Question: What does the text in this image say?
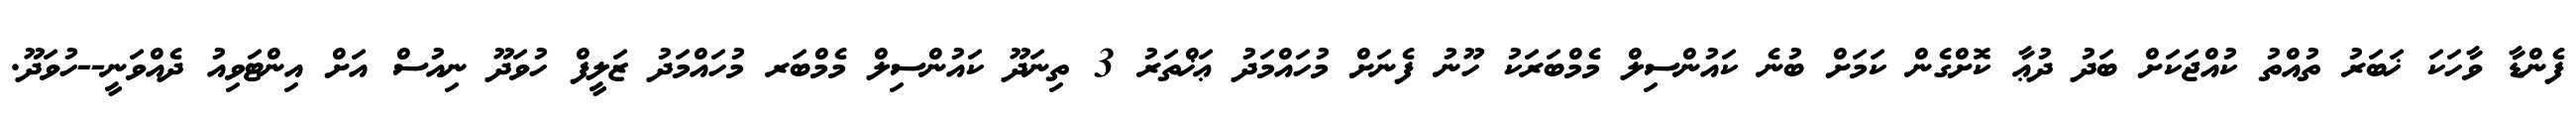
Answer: ފެންޑާ ވާހަކަ ޚަބަރު ތުއްތު ކުއްޖަކަށް ބަދު ދުޢާ ކޮށްގެން ކަމަށް ބުނެ ކައުންސިލް މެމްބަރަކު ހޫނު ފެނަށް މުހައްމަދު ޢަޚްތަރު 3 ތިނަދޫ ކައުންސިލް މެމްބަރ މުހައްމަދު ޒަލީފް ހުވަދޫ ނިއުސް އަށް އިންޓަވިއު ދެއްވަނީ--ހުވަދޫ.